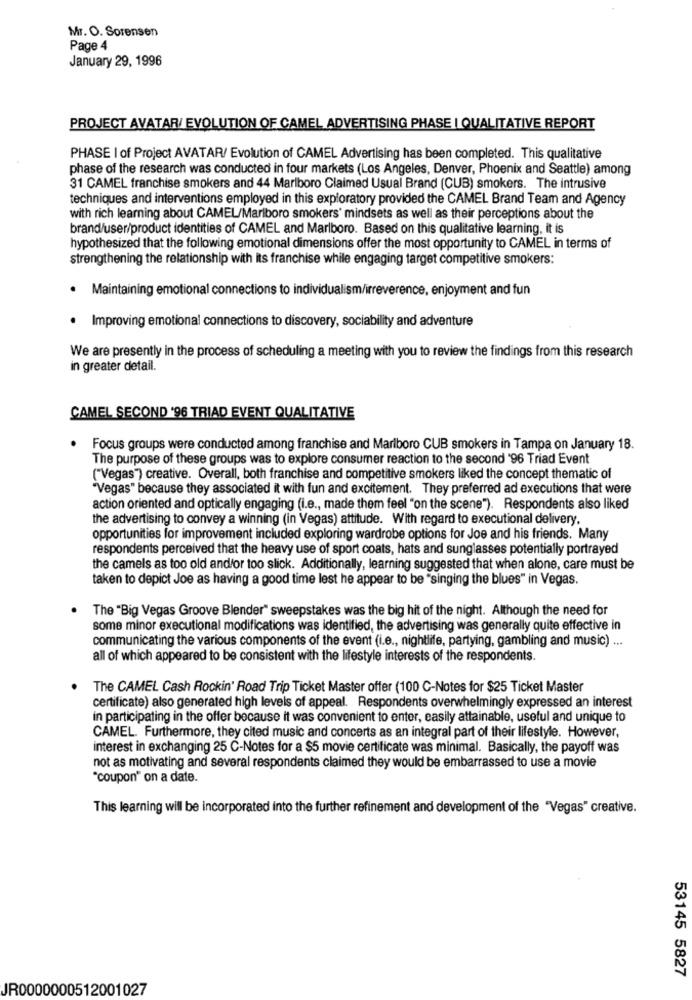
Mr. O. Sorensen
Page 4
January 29, 1996
PROJECT AVATAR/ EVOLUTION OF CAMEL ADVERTISING PHASE | QUALITATIVE REPORT
PHASE I of Project AVATAR/ Evolution of CAMEL Advertising has been completed. This qualitative
phase of the research was conducted in four markets (Los Angeles, Denver, Phoenix and Seattle) among
31 CAMEL franchise smokers and 44 Marlboro Claimed Usual Brand (CUB) smokers. The intrusive
techniques and interventions employed in this exploratory provided the CAMEL Brand Team and Agency
with rich learning about CAMEL/Marlboro smokers' mindsets as well as their perceptions about the
brand/user/product identities of CAMEL and Marlboro. Based on this qualitative learning, it is
hypothesized that the following emotional dimensions offer the most opportunity to CAMEL in terms of
strengthening the relationship with its franchise while engaging target competitive smokers:
.
Maintaining emotional connections to individualism/irreverence, enjoyment and fun
· Improving emotional connections to discovery, sociability and adventure
We are presently in the process of scheduling a meeting with you to review the findings from this research
in greater detail.
CAMEL SECOND '96 TRIAD EVENT QUALITATIVE
Focus groups were conducted among franchise and Marlboro CUB smokers in Tampa on January 18.
The purpose of these groups was to explore consumer reaction to the second '96 Triad Event
("Vegas") creative. Overall, both franchise and competitive smokers liked the concept thematic of
"Vegas" because they associated it with fun and excitement. They preferred ad executions that were
action oriented and optically engaging (i.e ., made them feel "on the scene"). Respondents also liked
the advertising to convey a winning (in Vegas) attitude. With regard to executional delivery.
opportunities for improvement included exploring wardrobe options for Joe and his friends. Many
respondents perceived that the heavy use of sport coats, hats and sunglasses potentially portrayed
the camels as too old andfor too slick. Additionally, learning suggested that when alone, care must be
taken to depict Joe as having a good time lest he appear to be "singing the blues" in Vegas.
The "Big Vegas Groove Blender" sweepstakes was the big hit of the night. Although the need for
some minor executional modifications was identified, the advertising was generally quite effective in
communicating the various components of the event (i.e ., nightlife, partying, gambling and music) ...
all of which appeared to be consistent with the lifestyle interests of the respondents.
The CAMEL Cash Rockin' Road Trip Ticket Master offer (100 C-Notes for $25 Ticket Master
certificate) also generated high levels of appeal. Respondents overwhelmingly expressed an interest
in participating in the offer because it was convenient to enter, easily attainable, useful and unique to
CAMEL. Furthermore, they cited music and concerts as an integral part of their lifestyle. However,
interest in exchanging 25 C-Notes for a $5 movie certificate was minimal. Basically, the payoff was
not as motivating and several respondents claimed they would be embarrassed to use a movie
"coupon" on a date.
This learning will be incorporated into the further refinement and development of the "Vegas" creative.
53145 5827
JR0000000512001027